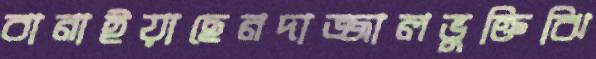
বানাইয়াছেনদাজ্জালভুক্তিঝি